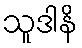
သူဒါနိ